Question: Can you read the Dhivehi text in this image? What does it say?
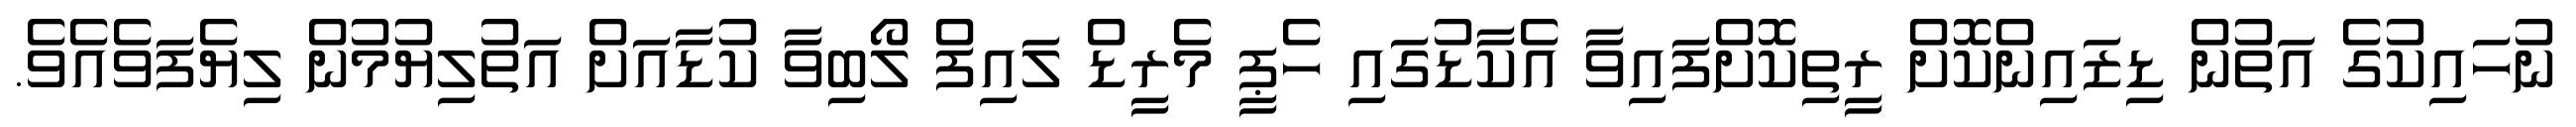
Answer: ނުހައިކުގެ އަތުން ޑިޒައިންކޮށް ރީތިކޮށްފައިވާ އެކާޑުގައި ހެޕީ މެރީޑް ލައިފް ލޯބިވާ ކުޑާއަށް އަތުލިޔުމުން ލިޔެފަވެއެވެ.